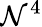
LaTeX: \mathcal{N}^{4}